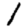
Digit: 1